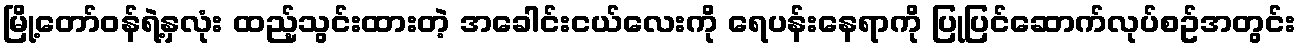
မြို့တော်ဝန်ရဲ့နှလုံး ထည့်သွင်းထားတဲ့ အခေါင်းငယ်လေးကို ရေပန်းနေရာကို ပြုပြင်ဆောက်လုပ်စဥ်အတွင်း